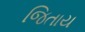
જિતાય